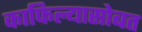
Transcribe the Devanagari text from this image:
काफिल्यासोबत